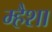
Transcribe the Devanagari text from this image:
म्हैशा